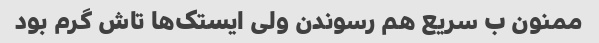
ممنون ب سریع هم رسوندن ولی ایستک‌ها تاش گرم بود